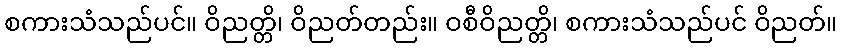
စကားသံသည်ပင်။ ဝိညတ္တိ၊ ဝိညတ်တည်း။ ဝစီဝိညတ္တိ၊ စကားသံသည်ပင် ဝိညတ်။